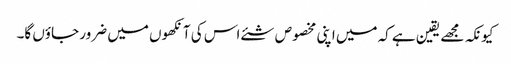
کیونکہ مجھے یقین ہے کہ میں اپنی مخصوص شئے اس کی آنکھوں میں ضرور جاؤں گا۔